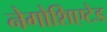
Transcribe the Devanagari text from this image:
नेगोशिएटेड